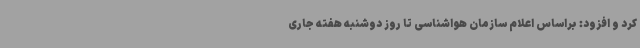
کرد و افزود: براساس اعلام سازمان هواشناسی تا روز دوشنبه هفته جاری